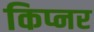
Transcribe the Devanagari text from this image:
किप्नर